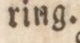
ring.